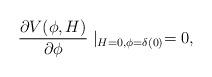
LaTeX: \begin{align*} \frac{\partial V(\phi,H)}{\partial \phi}\mid_{H=0,\phi=\delta(0)} = 0,\end{align*}